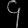
Digit: ၄